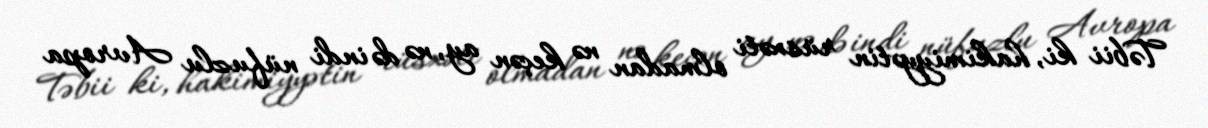
Təbii ki, hakimiyyətin rüsxəti olmadan nə keçən ay, nə də indi nüfuzlu Avropa